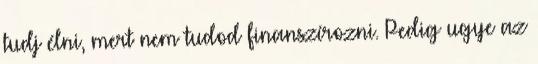
tudj élni, mert nem tudod finanszírozni. Pedig ugye az